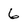
Character: 6